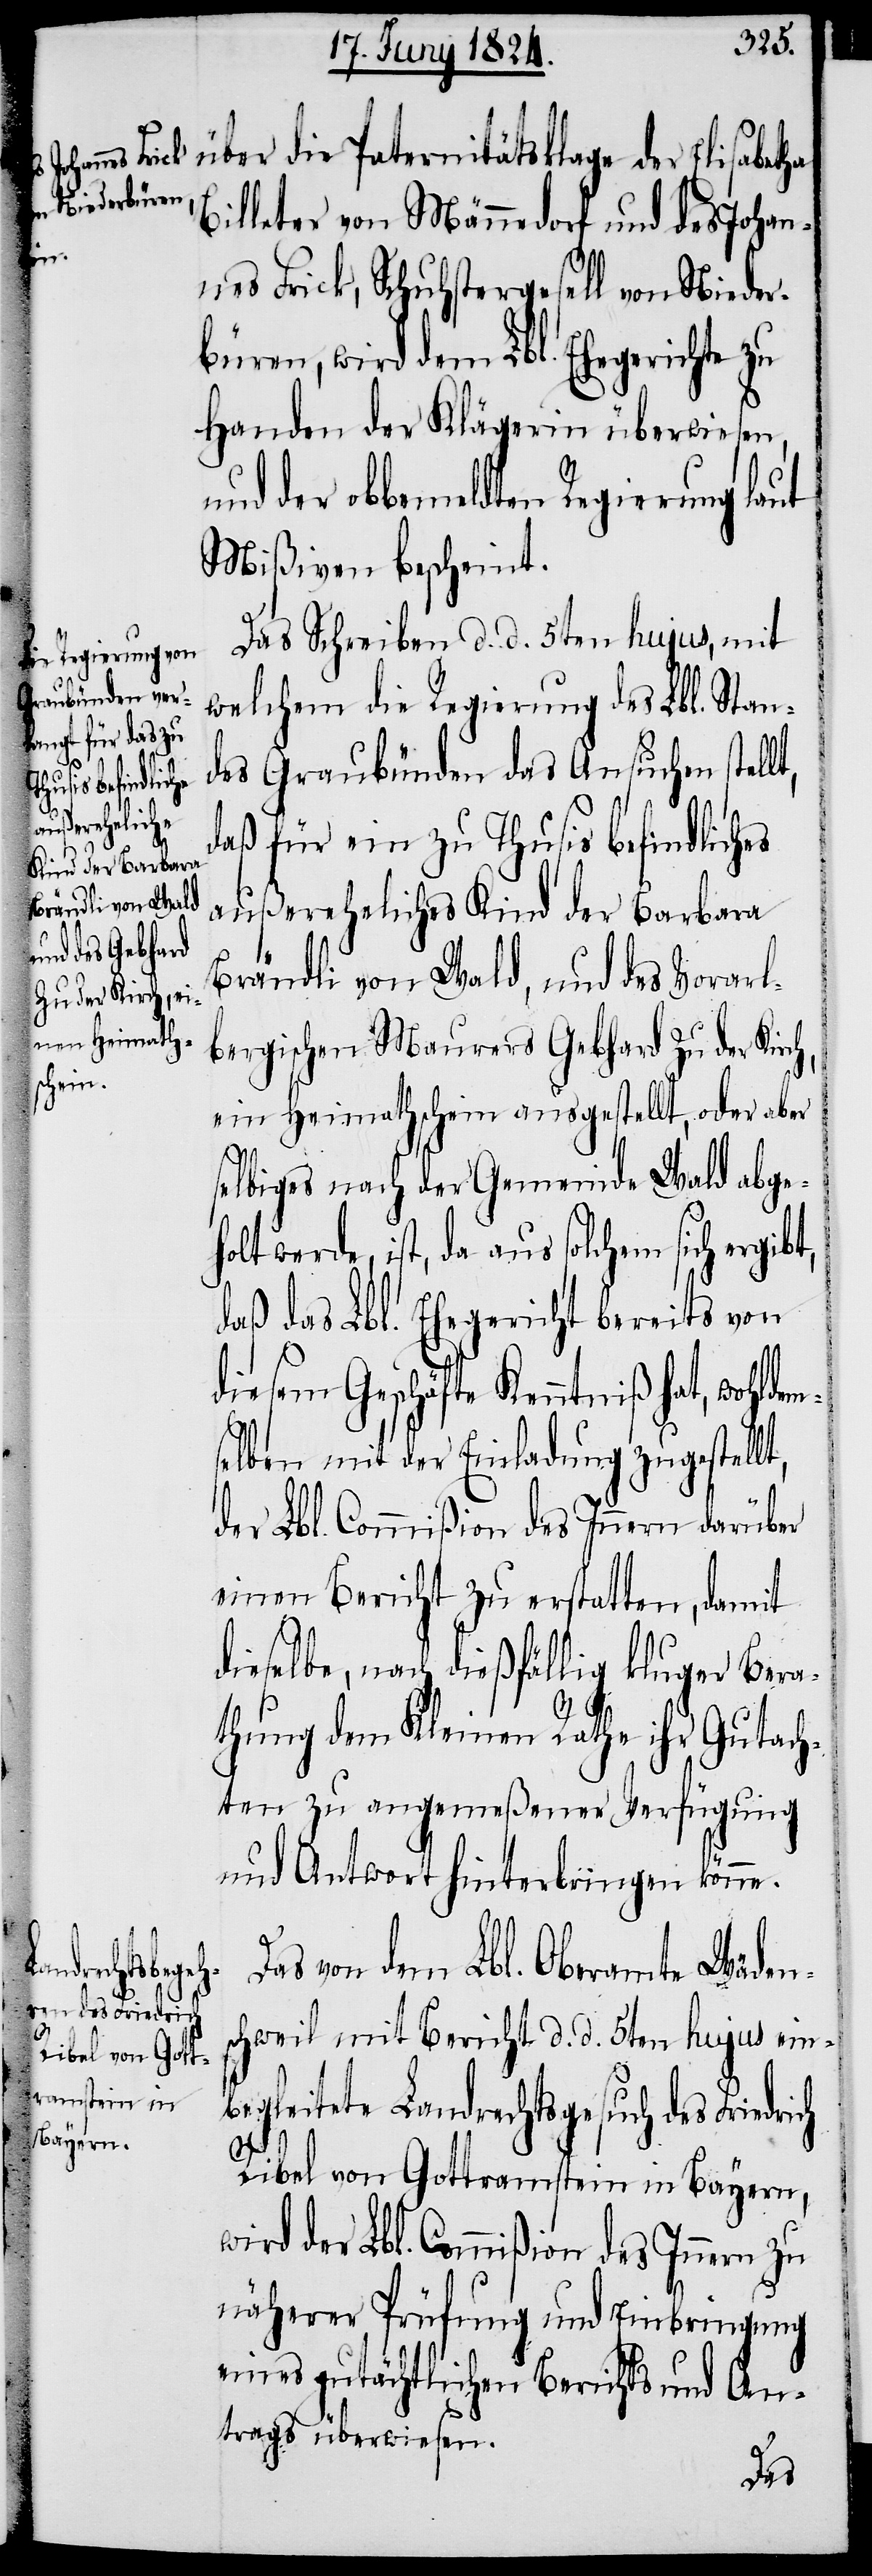
über die Paternitätsklage der Elisabetha
Billeter von Männedorf und des Johan¬
nes Frick, Schuhstergesell von Nieder¬
büren, wird dem Lbl. Ehegerichte zu
Handen der Klägerin überwiesen,
und der obbemeldten Regierung laut
Mißiven bescheint.
Das Schreiben d. d. 5ten hujus, mit
welchem die Regierung des Lbl. Stan¬
t,
des Graubünden das Ansuchen stell¬
daß für ein zu Thusis befindliches
außereheliches Kind der Barbara
Brändli von Wald, und des Vorarl¬
bergischen Maurers Gebhard Zu der Kirc¬
ein Heimathschein ausgestellt, oder aber
selbiges nach der Gemeinde Wald abgeh¬
olt werde, ist, da aus solchem sich ergib¬
daß das Lbl. Ehegericht bereits von
diesem Geschäfte Kenntniß hat, wohldem¬
selben mit der Einladung zugestell¬
der Lbl. Commißion des Innern darüber
einen Bericht zu erstatten, damit
dieselbe, nach dießfällig kluger Bera¬
thung dem Kleinen Rathe ihr Gutach¬
ten zu angemeßener Verfügung
und Antwort hinterbringen könne.
drich
Das von dem Lbl. Oberamte Wäden¬
schweil mit Bericht d. d. 5ten hujus ein¬
begleitete Landrechtsgesuch des Frie¬
Ribel von Gottramstein in Bayern,
wird der Lbl. Commißion des Innern zu
näherer Prüfung und Einbringung
eines gutächtlichen Berichts und An¬
trags überwiesen.